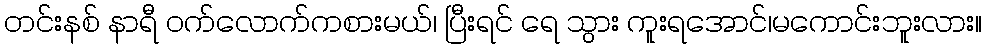
တင်းနစ် နာရီ ဝက်လောက်ကစားမယ်၊ ပြီးရင် ရေ သွား ကူးရအောင်၊မကောင်းဘူးလား။